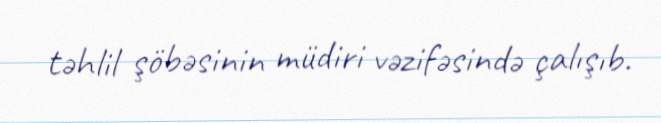
təhlil şöbəsinin müdiri vəzifəsində çalışıb.